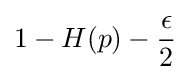
1-H(p)-{\frac {\epsilon }{2}}